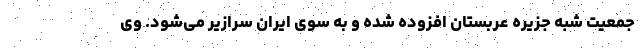
جمعیت شبه جزیره عربستان افزوده شده و به سوی ایران سرازیر می‌شود. وی